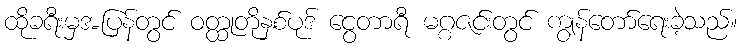
ထိုခရီးမှအပြန်တွင် ဝတ္ထုတိုနှစ်ပုဒ် ငွေတာရီ မဂ္ဂဇင်းတွင် ကျွန်တော်ရေးခဲ့သည်။